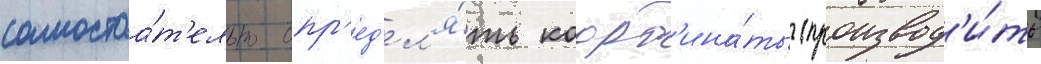
самостоа́т'ельно опр'ед'ел'я́ть коорд'ина́ты (производ'и́ть